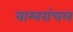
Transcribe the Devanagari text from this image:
वाग्वरांचल